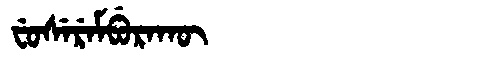
Manchu: ᠸᡠᠰᡝᡵᡝᠮᠪᡠᡵᠠᡴᡡ
Romanization: FUSEREMBURAKŪ